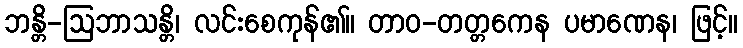
ဘန္တိ-ဩဘာသန္တိ၊ လင်းစေကုန်၏။ တာဝ-တတ္တကေန ပမာဏေန၊ ဖြင့်။